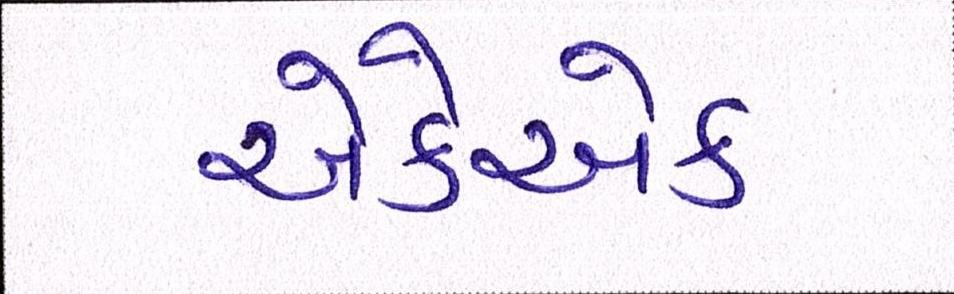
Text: એકેએક